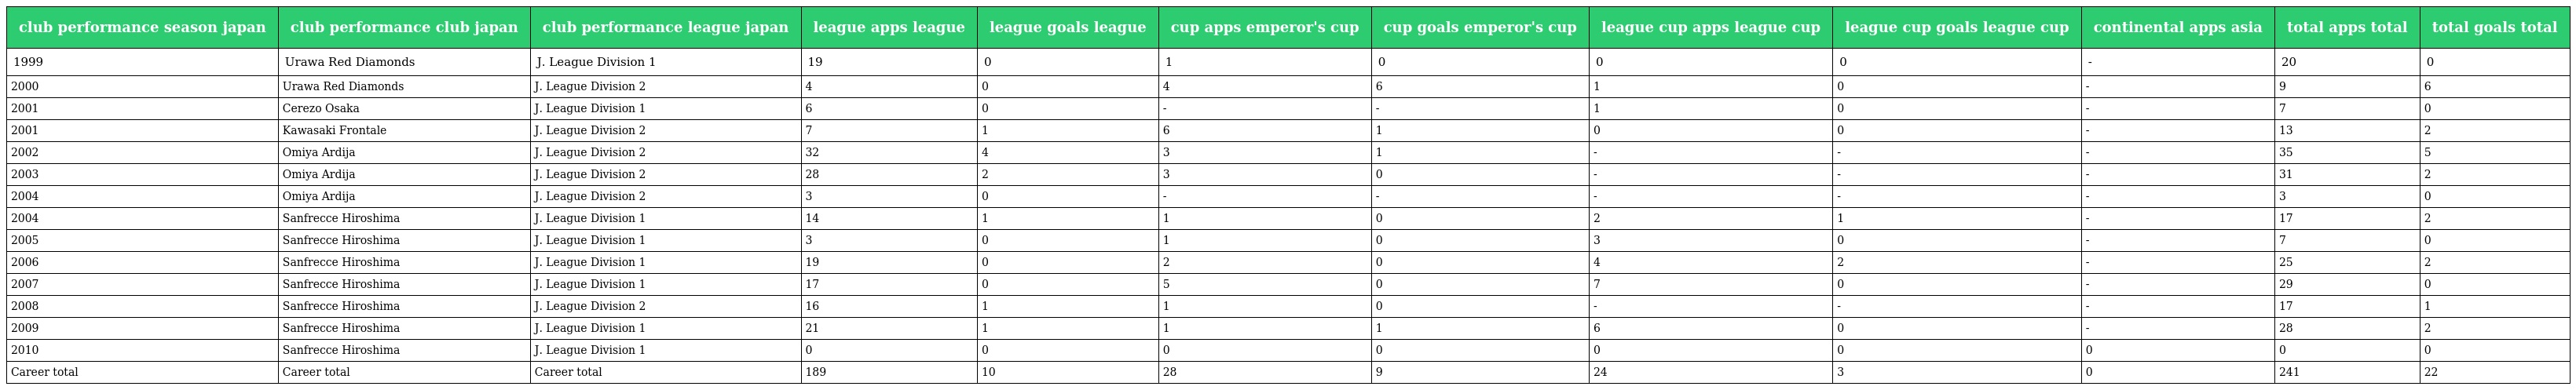
| club performance season japan | club performance club japan | club performance league japan | league apps league | league goals league | cup apps emperor's cup | cup goals emperor's cup | league cup apps league cup | league cup goals league cup | continental apps asia | total apps total | total goals total |
 | --- | --- | --- | --- | --- | --- | --- | --- | --- | --- | --- | --- |
 | 1999 | Urawa Red Diamonds | J. League Division 1 | 19 | 0 | 1 | 0 | 0 | 0 | - | 20 | 0 |
 | 2000 | Urawa Red Diamonds | J. League Division 2 | 4 | 0 | 4 | 6 | 1 | 0 | - | 9 | 6 |
 | 2001 | Cerezo Osaka | J. League Division 1 | 6 | 0 | - | - | 1 | 0 | - | 7 | 0 |
 | 2001 | Kawasaki Frontale | J. League Division 2 | 7 | 1 | 6 | 1 | 0 | 0 | - | 13 | 2 |
 | 2002 | Omiya Ardija | J. League Division 2 | 32 | 4 | 3 | 1 | - | - | - | 35 | 5 |
 | 2003 | Omiya Ardija | J. League Division 2 | 28 | 2 | 3 | 0 | - | - | - | 31 | 2 |
 | 2004 | Omiya Ardija | J. League Division 2 | 3 | 0 | - | - | - | - | - | 3 | 0 |
 | 2004 | Sanfrecce Hiroshima | J. League Division 1 | 14 | 1 | 1 | 0 | 2 | 1 | - | 17 | 2 |
 | 2005 | Sanfrecce Hiroshima | J. League Division 1 | 3 | 0 | 1 | 0 | 3 | 0 | - | 7 | 0 |
 | 2006 | Sanfrecce Hiroshima | J. League Division 1 | 19 | 0 | 2 | 0 | 4 | 2 | - | 25 | 2 |
 | 2007 | Sanfrecce Hiroshima | J. League Division 1 | 17 | 0 | 5 | 0 | 7 | 0 | - | 29 | 0 |
 | 2008 | Sanfrecce Hiroshima | J. League Division 2 | 16 | 1 | 1 | 0 | - | - | - | 17 | 1 |
 | 2009 | Sanfrecce Hiroshima | J. League Division 1 | 21 | 1 | 1 | 1 | 6 | 0 | - | 28 | 2 |
 | 2010 | Sanfrecce Hiroshima | J. League Division 1 | 0 | 0 | 0 | 0 | 0 | 0 | 0 | 0 | 0 |
 | Career total | Career total | Career total | 189 | 10 | 28 | 9 | 24 | 3 | 0 | 241 | 22 |